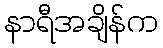
နာရီအချိန်က